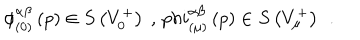
\phi _ { ( 0 ) } ^ { \alpha \beta } \left( p \right) \in S \left( V _ { 0 } ^ { + } \right) \ , \, p h i _ { ( \mu ) } ^ { \alpha \beta } \left( p \right) \in S \left( V _ { \mu } ^ { + } \right) \; \, .